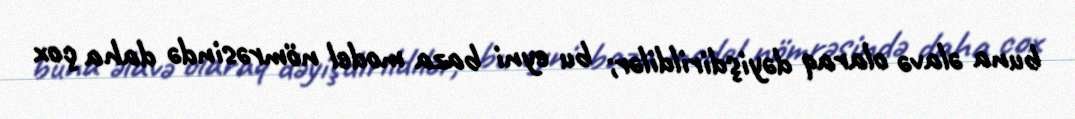
buna əlavə olaraq dəyişdirildilər; bu eyni baza model nömrəsində daha çox